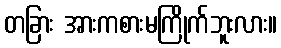
တခြား အားကစားမကြိုက်ဘူးလား။